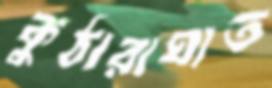
কুঠারাঘাত